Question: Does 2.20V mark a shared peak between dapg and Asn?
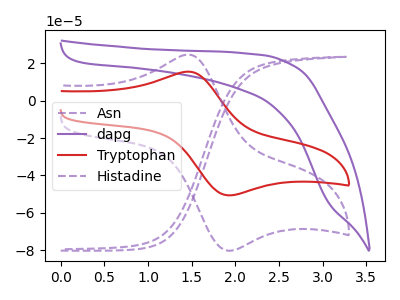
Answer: <think>The purple dashed curve "Asn" has no peaks. The purple curve "dapg" has no peaks. The red curve "Tryptophan" has an anodic peak at (1.45V, 15.60uA) and a cathodic peak at (1.95V, -50.70uA). The purple dashed curve "Histadine" has an anodic peak at (1.45V, 24.75uA) and a cathodic peak at (1.95V, -80.40uA).</think>
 <answer>No, "dapg" and "Asn" dont share a peak at 2.20V.</answer>
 <eval>mismatch</eval>